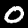
Label: 0